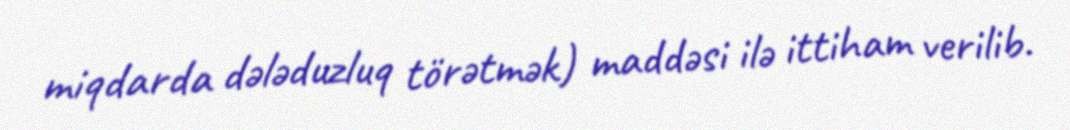
miqdarda dələduzluq törətmək) maddəsi ilə ittiham verilib.